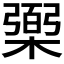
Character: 𰘱